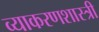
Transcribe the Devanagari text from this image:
व्याकरणशास्त्री